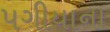
પગીયાના